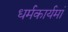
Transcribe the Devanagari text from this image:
धर्मकार्यमां